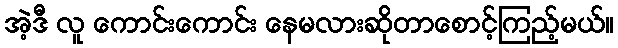
အဲ့ဒီ လူ ကောင်းကောင်း နေမလားဆိုတာစောင့်ကြည့်မယ်။